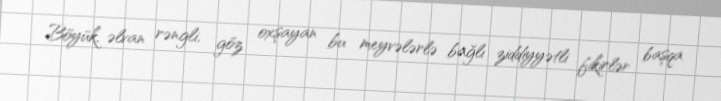
Böyük, əlvan rəngli, göz oxşayan bu meyvələrlə bağlı ziddiyyətli fikirlər başqa